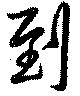
到